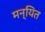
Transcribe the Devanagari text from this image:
मन्यित